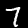
Digit: 7